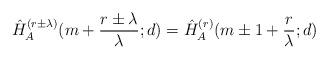
LaTeX: \begin{align*}\hat{H}_A^{(r\pm\lambda)}(m+\frac{r\pm\lambda}{\lambda};d)=\hat{H}_A^{(r)}(m\pm 1+\frac{r}{\lambda};d)\end{align*}